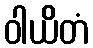
ဝါယိတံ